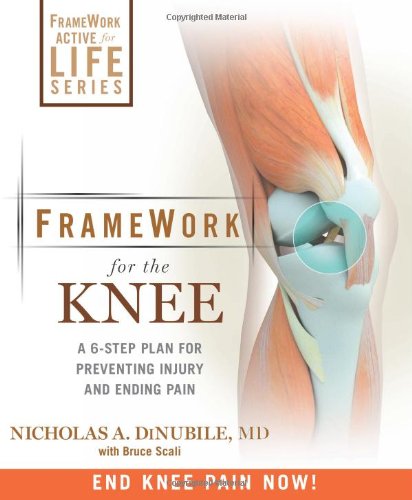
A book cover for FrameWork for the Knee: A 6-Step Plan for Preventing Injury and Ending Pain (FrameWork Active for Life); Nicholas A. DiNubile; Health, Fitness & Dieting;